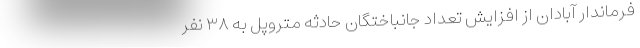
فرماندار آبادان از افزایش تعداد جانباختگان حادثه متروپل به ۳۸ نفر